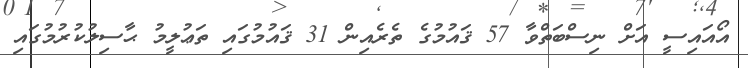
އޯއައިސީ އަށް ނިސްބަތްވާ 57 ޤައުމުގެ ތެރެއިން 31 ޤައުމުގައި ތަޢުލީމު ޙާސިލުކުރުމުގައި